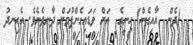
(ދެން  އާއިގެން) ހިނީގެ  އަށް ވަޑައިގެންފުމަށް ދާނދެނެވެ. އެހިނދު